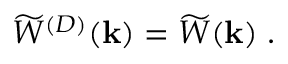
\widetilde { W } ^ { ( { D } ) } ( { \bf k } ) = \widetilde { W } ( { \bf k } ) \; .